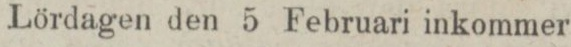
Lördagen den 5 Februari inkommer